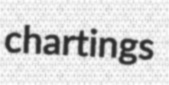
chartings